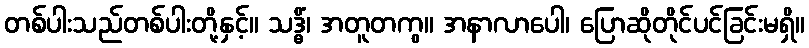
တစ်ပါးသည်တစ်ပါးတို့နှင့်။ သဒ္ဓိံ၊ အတူတကွ။ အနာလာပေါ၊ ပြောဆိုတိုင်ပင်ခြင်းမရှိ။